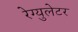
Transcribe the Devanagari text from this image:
रेग्युलेटर